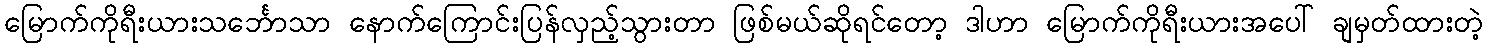
မြောက်ကိုရီးယားသင်္ဘောသာ နောက်ကြောင်းပြန်လှည့်သွားတာ ဖြစ်မယ်ဆိုရင်တော့ ဒါဟာ မြောက်ကိုရီးယားအပေါ် ချမှတ်ထားတဲ့